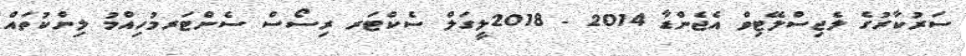
ސަރުކާރުގެ ލެޖިސްލޭޓިވް އެޖެންޑާ 2014 - 2018ލީގަލް ސެކްޓަރ ރިސޯސް ސެންޓަރމުހިއްމު ލިންކުތައް